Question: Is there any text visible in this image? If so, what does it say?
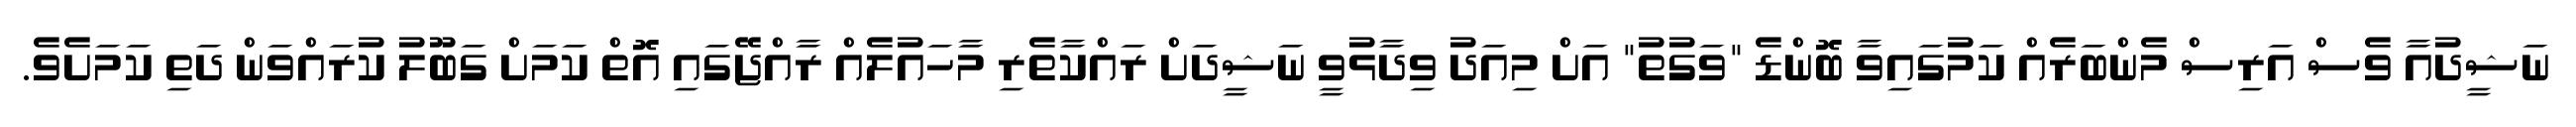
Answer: ނަޝީދުއާ ވެސް އަރިސް މެންބަރެއް ކަމުގައިވާ ބޮންޑެ "ވަގުތު" އަށް މިއަދު ވިދާޅުވީ ނަޝީދަށް ރައްކާތެރި މާހައުލެއް ރާއްޖޭގައި އޮތް ކަމަށް ގަބޫލު ކުރައްވަން ދަތި ކަމަށެވެ.